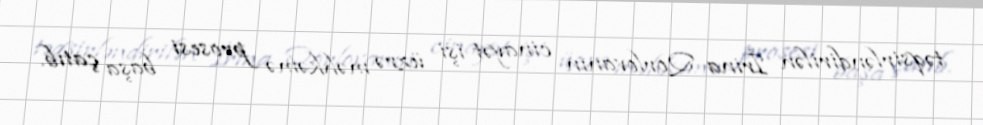
təqsirləndirilən İrina Qorlovanın cinayət işi üzrə məhkəmə prosesi başa çatıb.